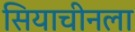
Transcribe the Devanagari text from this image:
सियाचीनला